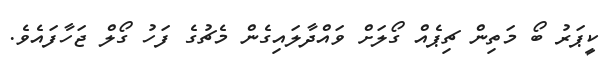
ކީޕަރު ބޯ މަތިން ޗިޕެއް ގޯލަށް ވައްދާލައިގެން މެޗުގެ ފަހު ގޯލް ޖަހާފައެވެ.